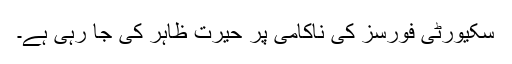
سکیورٹی فورسز کی ناکامی پر حیرت ظاہر کی جا رہی ہے۔